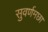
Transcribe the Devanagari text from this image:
सुवर्णमछा